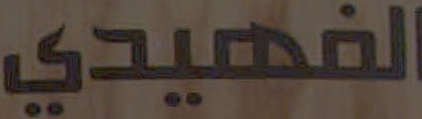
الفهيدي